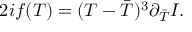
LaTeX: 2 i f ( T ) = ( T - { \bar { T } } ) ^ { 3 } \partial _ { \bar { T } } { \cal I } .